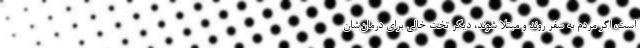
است، اگر مردم به سفر روند و مبتلا شوند، دیگر تخت خالی برای درمان‌شان